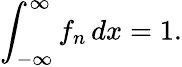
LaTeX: \int_{-\infty}^{\infty}f_{n}\, dx=1.